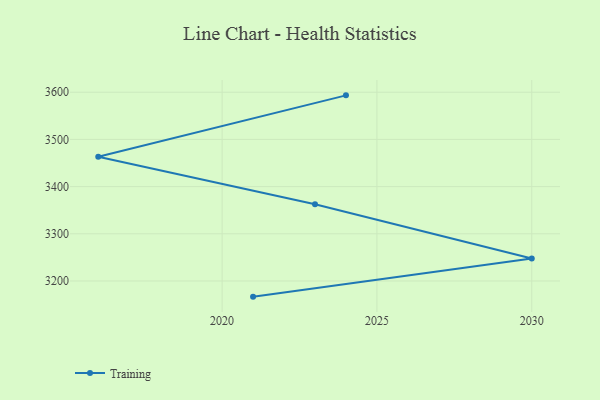
{"axis": {"x": "Year", "y": "Bounce Rate (%)"}, "legend": ["Training"], "data": [{"x": "2024", "y": 3593.4, "type": "Training"}, {"x": "2016", "y": 3463.4, "type": "Training"}, {"x": "2023", "y": 3362.6, "type": "Training"}, {"x": "2030", "y": 3247.5, "type": "Training"}, {"x": "2021", "y": 3166.8, "type": "Training"}]}